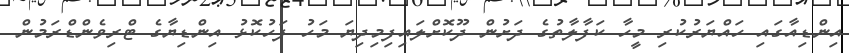
އިންޑިއާގައި ހައްޔަރުކުރި މީހާ ކަފާލާތުގެ ދަށުން ދޫކޮށްލައިފިމިދިޔަ މަހު ފަހުކޮޅު އިންޑިޔާގެ ޓްރިވެންޑްރަމުން